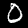
Label: 0